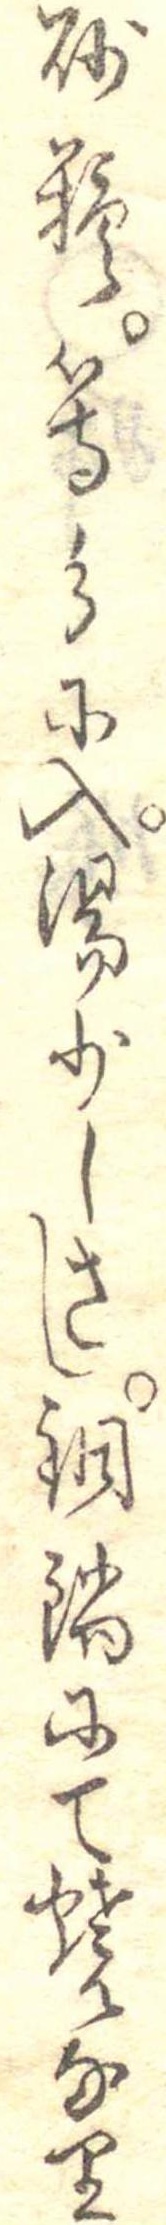
砂糖等分に入湯少しさし銅鍋にて焼なり